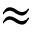
\approx